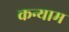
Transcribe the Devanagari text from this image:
कन्याम